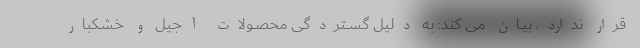
قرار ندارد، بیــان مى کند: به دلیل گســتردگى محصــولات آجیل و خشکبار